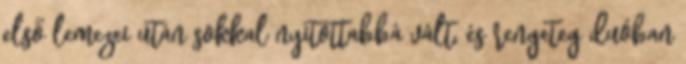
első lemezei után sokkal nyitottabbá vált, és rengeteg duóban